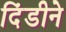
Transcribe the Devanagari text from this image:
दिंडीने